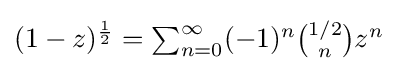
{\textstyle (1-z)^{\frac {1}{2}}=\sum _{n=0}^{\infty }(-1)^{n}{\binom {1/2}{n}}z^{n}}